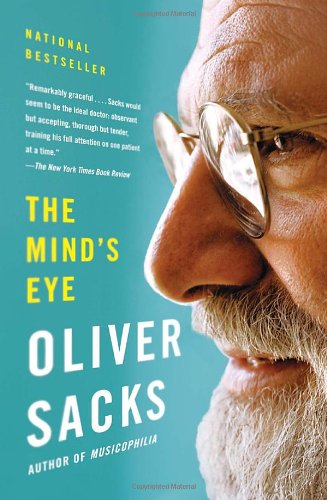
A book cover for The Mind's Eye; Oliver Sacks; Science & Math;